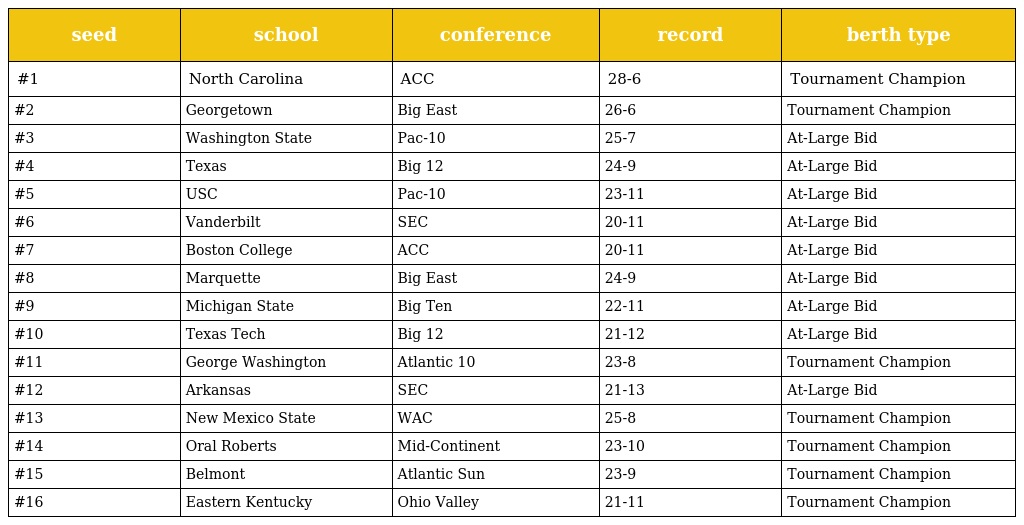
| seed | school | conference | record | berth type |
 | --- | --- | --- | --- | --- |
 | #1 | North Carolina | ACC | 28-6 | Tournament Champion |
 | #2 | Georgetown | Big East | 26-6 | Tournament Champion |
 | #3 | Washington State | Pac-10 | 25-7 | At-Large Bid |
 | #4 | Texas | Big 12 | 24-9 | At-Large Bid |
 | #5 | USC | Pac-10 | 23-11 | At-Large Bid |
 | #6 | Vanderbilt | SEC | 20-11 | At-Large Bid |
 | #7 | Boston College | ACC | 20-11 | At-Large Bid |
 | #8 | Marquette | Big East | 24-9 | At-Large Bid |
 | #9 | Michigan State | Big Ten | 22-11 | At-Large Bid |
 | #10 | Texas Tech | Big 12 | 21-12 | At-Large Bid |
 | #11 | George Washington | Atlantic 10 | 23-8 | Tournament Champion |
 | #12 | Arkansas | SEC | 21-13 | At-Large Bid |
 | #13 | New Mexico State | WAC | 25-8 | Tournament Champion |
 | #14 | Oral Roberts | Mid-Continent | 23-10 | Tournament Champion |
 | #15 | Belmont | Atlantic Sun | 23-9 | Tournament Champion |
 | #16 | Eastern Kentucky | Ohio Valley | 21-11 | Tournament Champion |